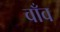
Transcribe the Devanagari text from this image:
वाँव